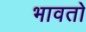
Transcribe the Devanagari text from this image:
भावतो